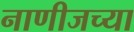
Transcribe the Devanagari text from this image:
नाणीजच्या